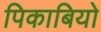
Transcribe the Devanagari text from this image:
पिकाबियो